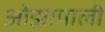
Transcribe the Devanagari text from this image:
ओझापाली